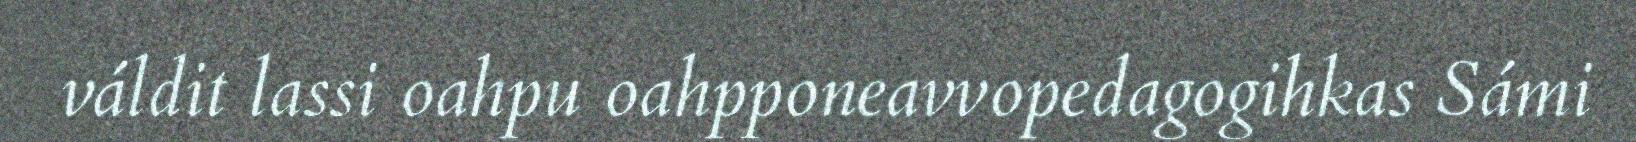
váldit lassi oahpu oahpponeavvopedagogihkas Sámi